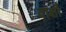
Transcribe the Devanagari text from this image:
वाक्षौ